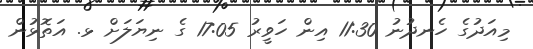
މިއަދުގެ ހެނދުނު 11:30 އިން ހަވީރު 17:05 ގެ ނިޔަލަށް ޅ. އަތޮޅުން